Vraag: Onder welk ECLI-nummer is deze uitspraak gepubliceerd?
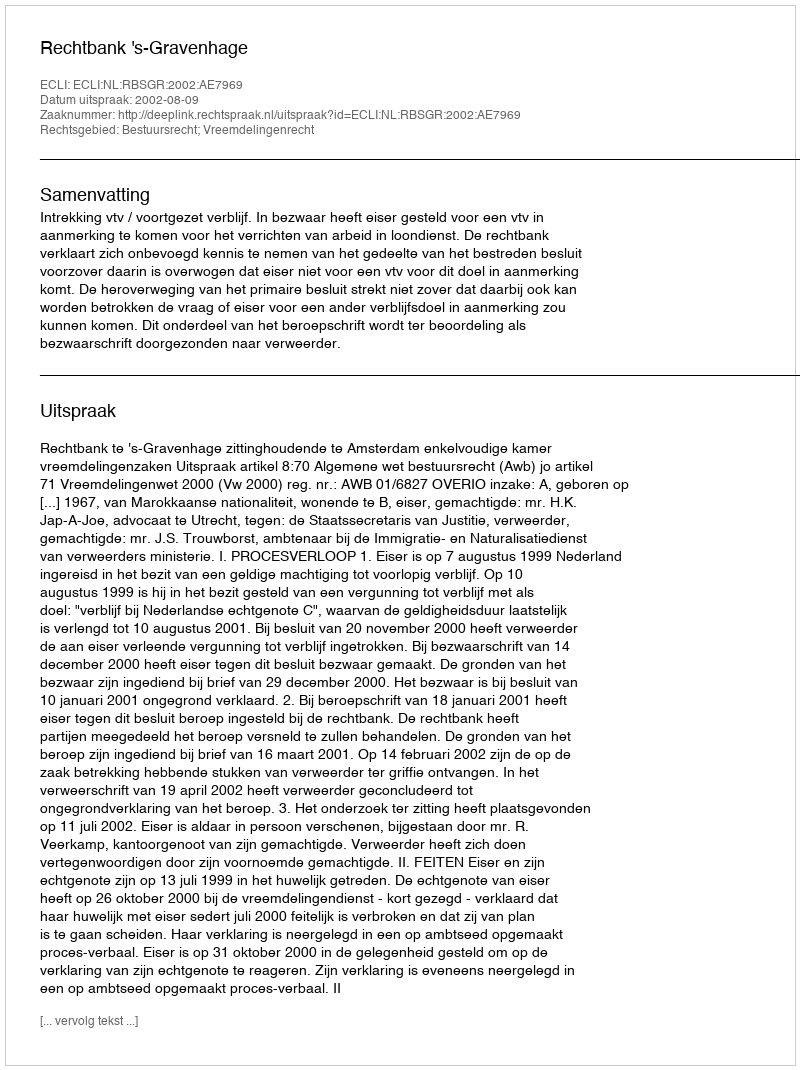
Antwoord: ECLI:NL:RBSGR:2002:AE7969